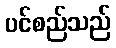
ပင်စည်သည်